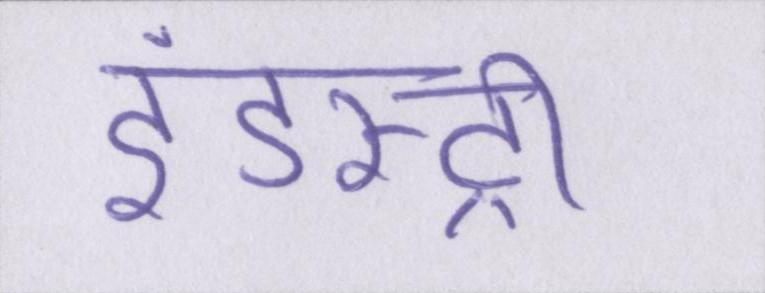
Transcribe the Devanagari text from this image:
इंडस्ट्री